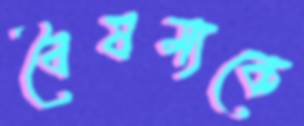
বৈষম্যকে